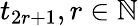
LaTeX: t_{2r+1},r\in\mathbb{N}